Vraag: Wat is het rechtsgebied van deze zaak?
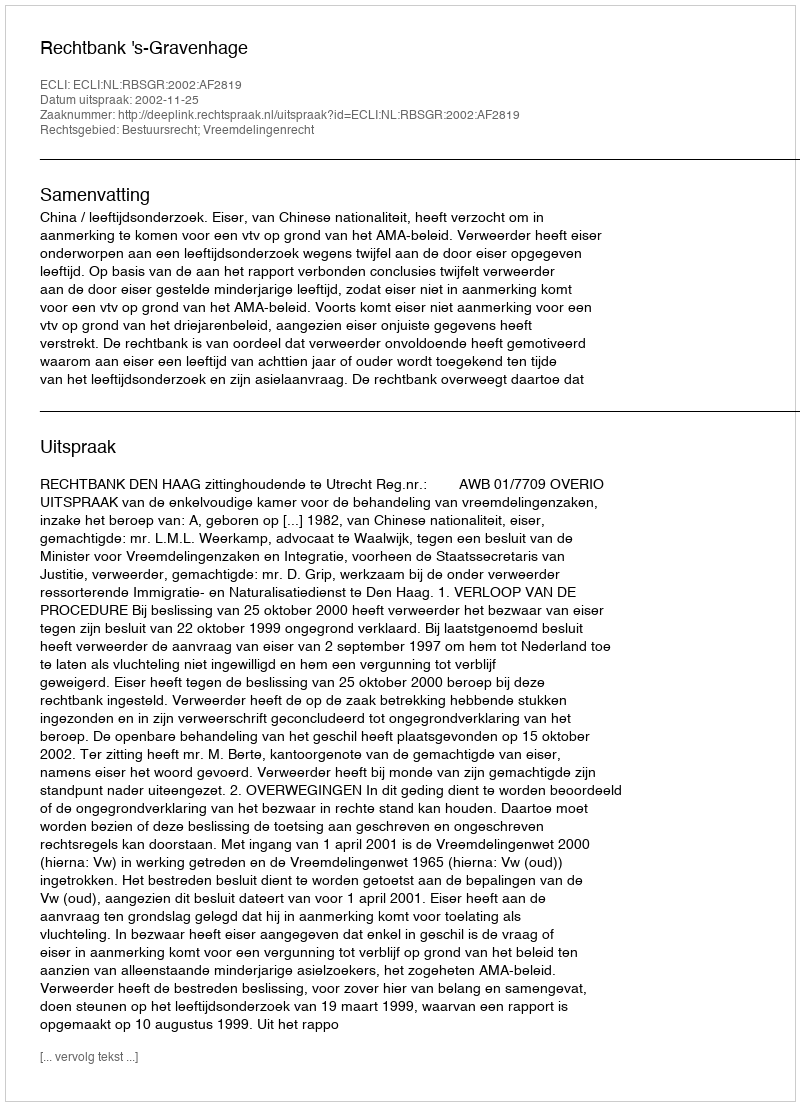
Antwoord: Bestuursrecht; Vreemdelingenrecht